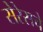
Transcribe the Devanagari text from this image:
सेरेसचे